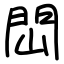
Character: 閊